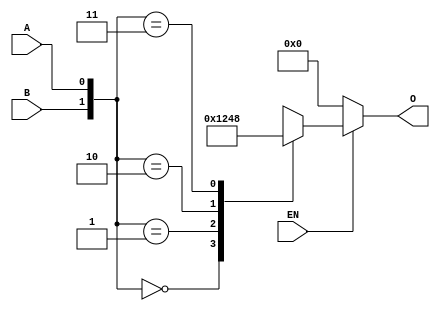
module decoder4 (
                input A, B,
					 input EN,
					 output reg [3:0] O
                );

					 
always @ (*)
begin
	if(EN)
	begin
		case ({B,A})
		2'b00 : O = 4'b0001;
		2'b01 : O = 4'b0010;
		2'b10 : O = 4'b0100;
		2'b11 : O = 4'b1000;
		endcase 
	end
	else
		O = 4'b0000;

end

endmodule